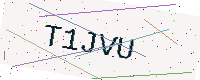
Text: T1JVU